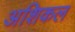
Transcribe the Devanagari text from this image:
अशिकल